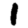
Digit: 1